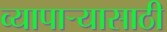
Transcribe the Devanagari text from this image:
व्यापार्‍यासाठी